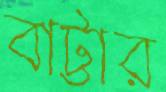
বাট্টার